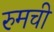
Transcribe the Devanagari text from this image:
रुमची